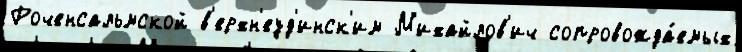
Роченсальмской в'ерхн'еуд'инск'им М'ихайлов'ич сопровожда́емых